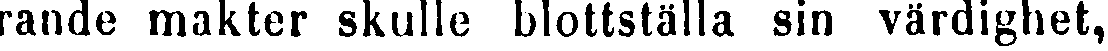
rande makter skulle blottställa sin värdighet,